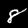
Label: 8